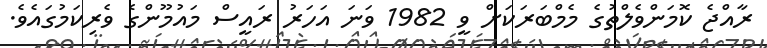
ރާއްޖެ ކޮމަންވެލްތުގެ މެމްބަރަކަށް ވީ 1982 ވަނަ އަހަރު ރައީސް މައުމޫންގެ ވެރިކަމުގައެވެ.